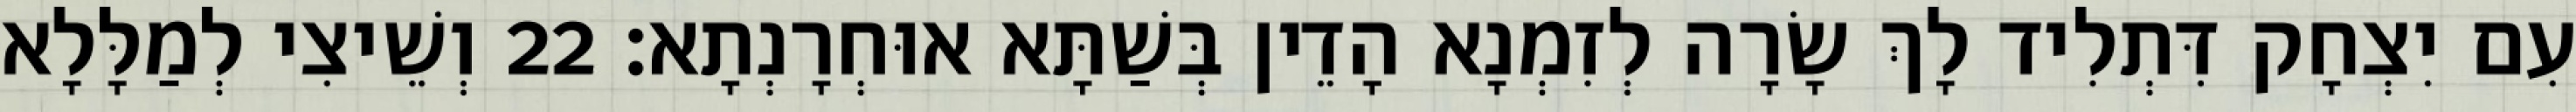
עִם יִצְחָק דִּתְלִיד לָךְ שָׂרָה לְזִמְנָא הָדֵין בְּשַׁתָּא אוּחְרָנְתָא׃ 22 וְשֵׁיצִי לְמַלָּלָא